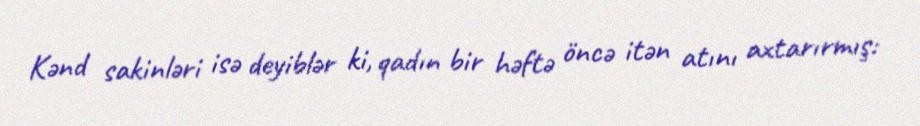
Kənd sakinləri isə deyiblər ki, qadın bir həftə öncə itən atını axtarırmış: